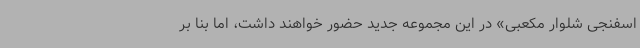
اسفنجی شلوار مکعبی» در این مجموعه جدید حضور خواهند داشت، اما بنا بر